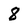
Character: 8